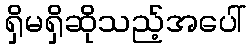
ရှိမရှိဆိုသည့်အပေါ်